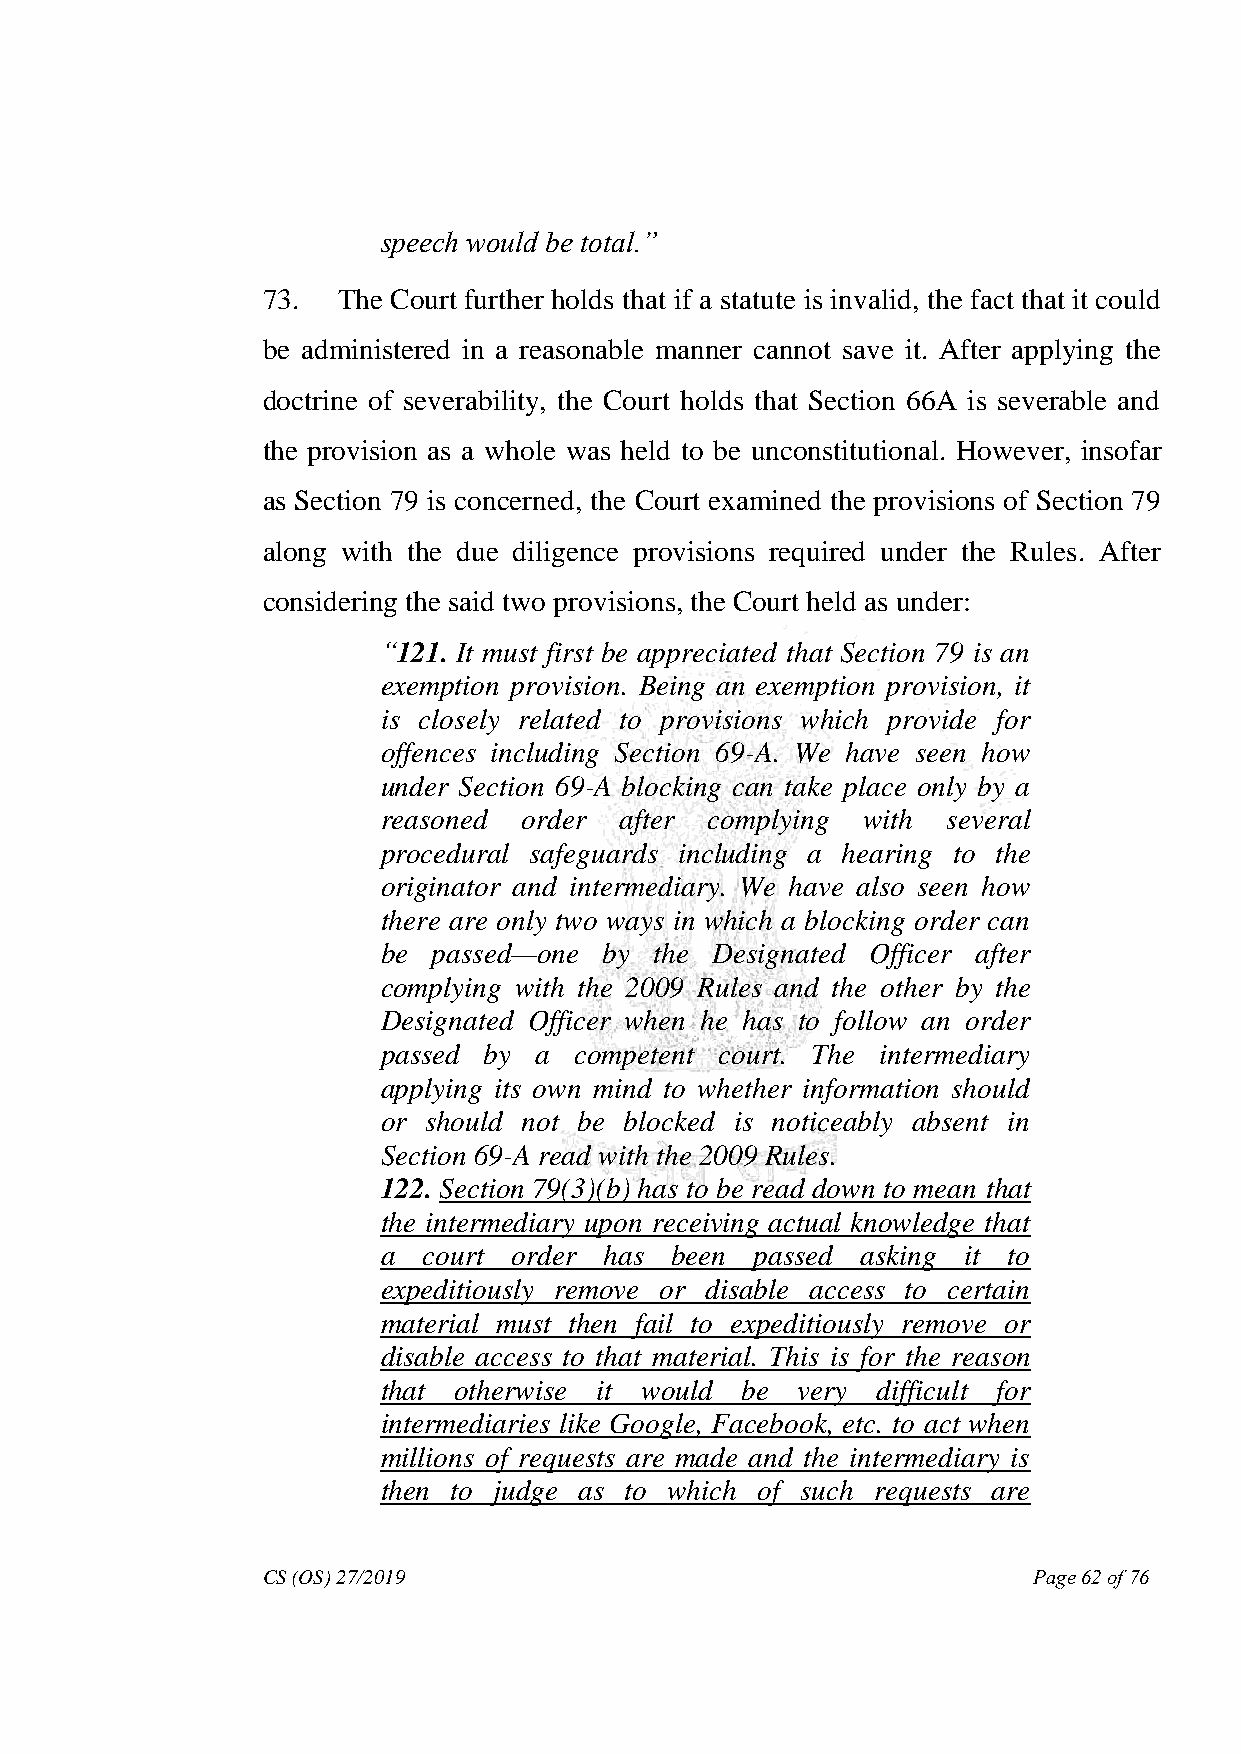
speech would be total.‖
 73.  The Court further holds that if a statute is invalid, the fact that it could
 be administered in a reasonable manner cannot save it. After applying the
 doctrine of severability, the Court holds that Section 66A is severable and
 the provision as a whole was held to be unconstitutional. However, insofar
 as Section 79 is concerned, the Court examined the provisions of Section 79
 along with the due diligence provisions required under the Rules. After
 considering the said two provisions, the Court held as under:
 ―121. It must first be appreciated that Section 79 is an
 exemption provision. Being an exemption provision, it
 is closely related to provisions which provide for
 offences including Section 69-A. We have seen how
 under Section 69-A blocking can take place only by a
 reasoned order  after complying with  several
 procedural safeguards including a hearing to the
 originator and intermediary. We have also seen how
 there are only two ways in which a blocking order can
 be  passed—one by the Designated Officer after
 complying with the 2009 Rules and the other by the
 Designated Officer when he has to follow an order
 passed by a  competent court. The intermediary
 applying its own mind to whether information should
 or should not be blocked is noticeably absent in
 Section 69-A read with the 2009 Rules.
 122. Section 79(3)(b) has to be read down to mean that
 the intermediary upon receiving actual knowledge that
 a  court order has been  passed asking it to
 expeditiously remove or disable access to certain
 material must then fail to expeditiously remove or
 disable access to that material. This is for the reason
 that otherwise it would be  very difficult for
 intermediaries like Google, Facebook, etc. to act when
 millions of requests are made and the intermediary is
 then to judge as to which of such requests are
 CS (OS) 27/2019                                    Page 62 of 76